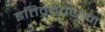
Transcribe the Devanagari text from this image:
इतिवृत्तप्रधान